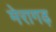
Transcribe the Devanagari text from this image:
मेरागढ़